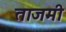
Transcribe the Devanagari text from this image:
ताजमी